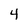
Character: 4